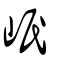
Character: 岷